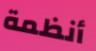
أنظمة